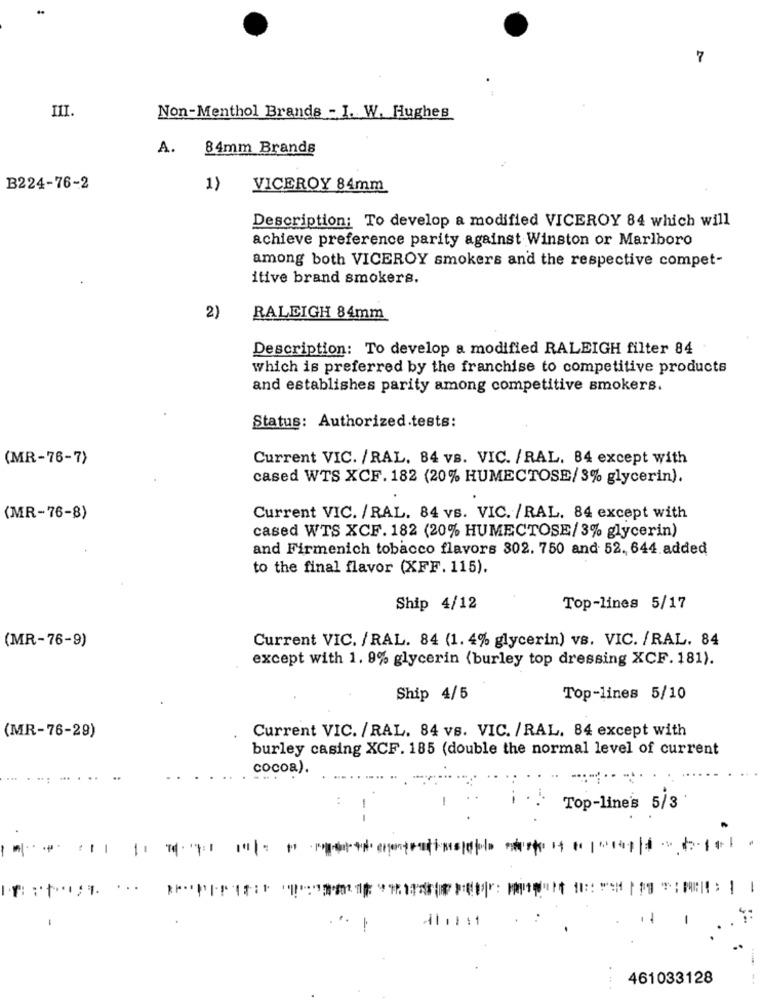
7
III.
Non-Menthol Brands - I. W. Hughes
A.
84mm Brands
B224-76-2
1)
VICEROY 84mm
Description: To develop a modified VICEROY 84 which will
achieve preference parity against Winston or Marlboro
among both VICEROY smokers and the respective compet-
itive brand smokers.
2)
RALEIGH 84mm
Description: To develop a modified RALEIGH filter 84
which is preferred by the franchise to competitive products
and establishes parity among competitive smokers.
Status: Authorized.tests:
(MR-76-7)
Current VIC. /RAL. 84 vs. VIC. /RAL. 84 except with
cased WTS XCF. 182 (20% HUMECTOSE/ 3% glycerin).
(MR-76-8)
Current VIC. /RAL. 84 vs. VIC. /RAL. 84 except with
cased WTS XCF. 182 (20% HUMECTOSE/ 3% glycerin)
and Firmenich tobacco flavors 302. 750 and 52. 644.added
to the final flavor (XFF. 115).
Ship 4/12
Top-lines 5/17
(MR-76-9)
Current VIC. / RAL. 84 (1. 4% glycerin) vs. VIC. /RAL. 84
except with 1. 9% glycerin (burley top dressing XCF. 181).
Ship 4/5
Top-lines 5/10
Current VIC. /RAL. 84 vs. VIC. /RAL. 84 except with
(MR-76-29)
burley casing XCF. 185 (double the normal level of current
cocoa).
Top-line's 5/3'
-
461033128